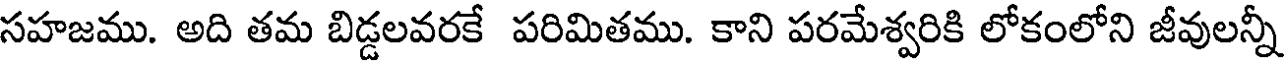
సహజము. అది తమ బిడ్డలవరకే పరిమితము. కాని పరమేశ్వరికి లోకంలోని జీవులన్నీ